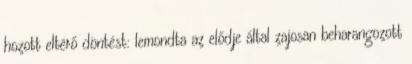
hozott eltérő döntést: lemondta az elődje által zajosan beharangozott